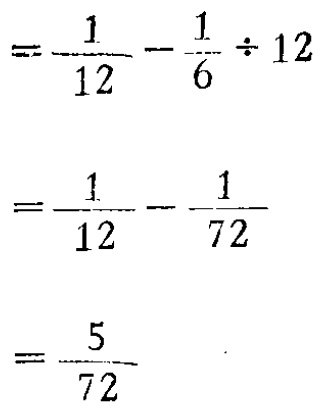
\[

\begin{align*}

&=\frac{1}{12}-\frac{1}{6}\div12\\

&=\frac{1}{12}-\frac{1}{72}\\

&=\frac{5}{72}

\end{align*}

\]